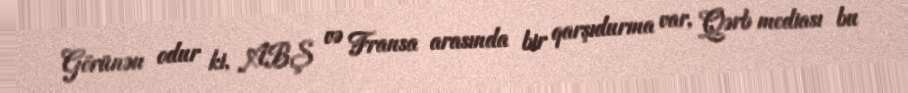
Görünən odur ki, ABŞ və Fransa arasında bir qarşıdurma var, Qərb mediası bu